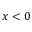
x < 0